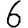
Digit: 6